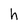
Character: h